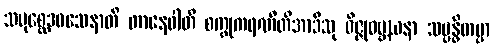
သမုစ္ဆေဒဝသေနာတိ တာနေဝါတိ စက္ခုကရဏီတိအာဒီသု ဝိဇ္ဇုဝဗ္ဘဃနာ သမ္ဗန္ဓိတဗ္ဗာ